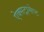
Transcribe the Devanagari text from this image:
ऐक्सट्रासेप्ट